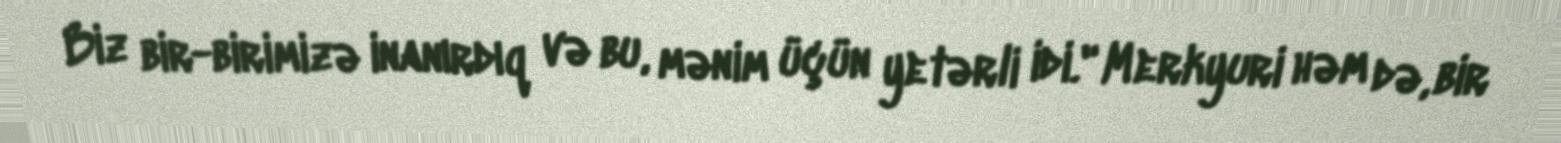
Biz bir-birimizə inanırdıq və bu, mənim üçün yetərli idi." Merkyuri həm də, bir